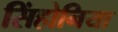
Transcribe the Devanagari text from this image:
सिंहोनिया